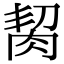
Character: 𦚨